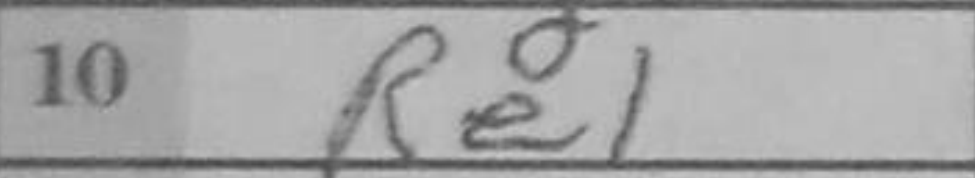
Transcription: Re1